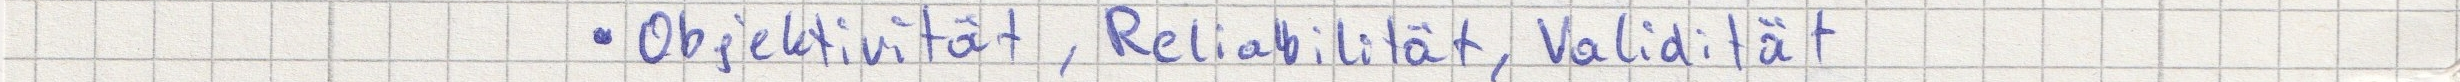
- Objektivität, Reliabilität, Validität